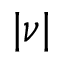
| \nu |